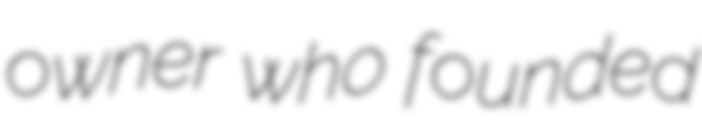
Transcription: owner who founded